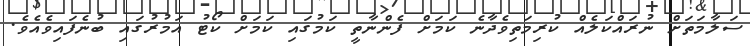
ސަލާމަތަށް ނުރައްކަލެއް ކުރިމަތިވެދާނެ ކަމަށް ފެންނާތީ ކަމުގައި ކަމަށް ކޯޓު އަމުރުގައި ބުނެފައިވެއެވެ.